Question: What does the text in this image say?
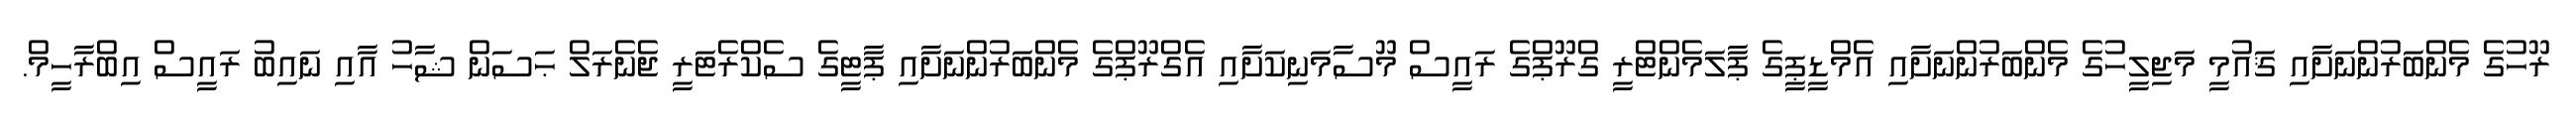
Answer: ރޫހުގެ މެންބަރުންނަށާއި ޤައުމީ މަޖިލީހުގެ މެންބަރުންނަށާއި އެމްޑީޕީގެ ޕާލަމެންޓްރީ ގްރޫޕްގެ ރައީސް މޫސާމަނިކަށާއި އެގްރޫޕްގެ މެންބަރުންނަށާއި ޕާޓީގެ ސެކްރެޓަރީ ޖެނެރަލް ޙަސަން ޝާހު އާއި ނައިބު ރައީސް އިބްރާހީމް.